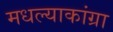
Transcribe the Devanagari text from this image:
मधल्याकांग्रा